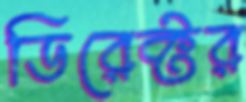
ডিরেক্টর